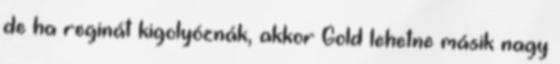
de ha reginát kigolyóznák, akkor Gold lehetne másik nagy